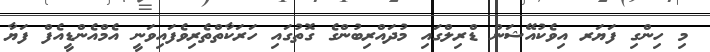
މި ހިންގި ފަޔަރ އިވެކުއޭޝަން ޑްރިލްގައި މުދައްރިބުންގެ ގޮތުގައި ހަރަކާތްތެރިވެފައިވަނީ އެމްއެންޑީއެފް ފަޔާ